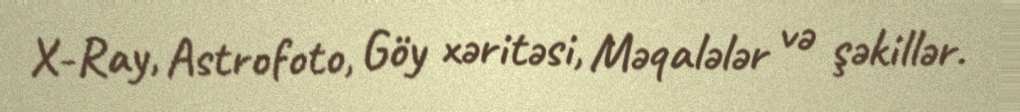
X-Ray, Astrofoto, Göy xəritəsi, Məqalələr və şəkillər.